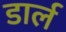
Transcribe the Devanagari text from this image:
डार्ल